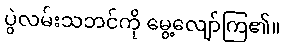
ပွဲလမ်းသဘင်ကို မွေ့လျော်ကြ၏။